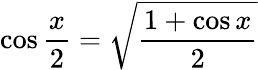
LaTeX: \cos{\frac{x}{2}}={\sqrt{\frac{1+\cos x}{2}}}